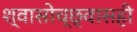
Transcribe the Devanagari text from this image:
श्वासोच्छ्वासही